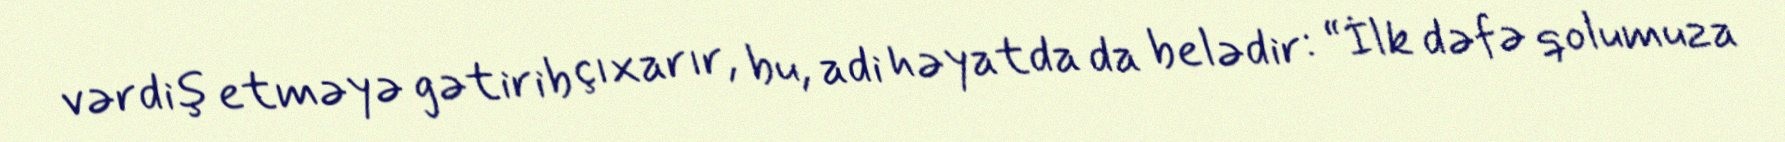
vərdiş etməyə gətirib çıxarır, bu, adi həyatda da belədir: “İlk dəfə qolumuza